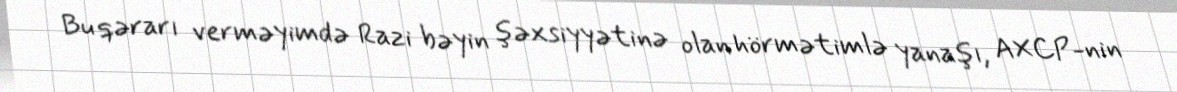
Bu qərarı verməyimdə Razi bəyin şəxsiyyətinə olan hörmətimlə yanaşı, AXCP-nin